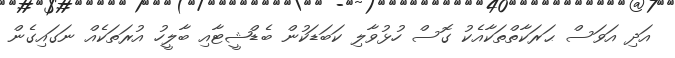
އަދި އަވަސް ޙަރަކާތްތަކާއެކު ގޮސް ހުޅުވާލި ކަބަޑަކުން ބެޑްޝީޓާއި ބާލީހު އުރަތަކެއް ނަގައިގެން